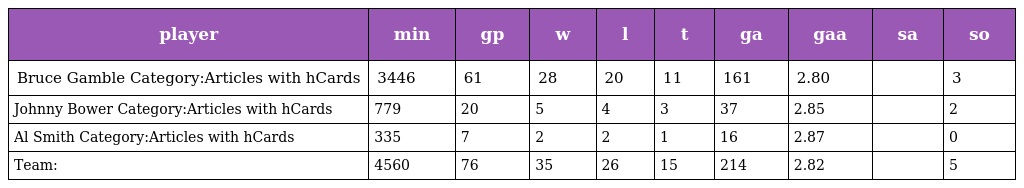
| player | min | gp | w | l | t | ga | gaa | sa | so |
 | --- | --- | --- | --- | --- | --- | --- | --- | --- | --- |
 | Bruce Gamble Category:Articles with hCards | 3446 | 61 | 28 | 20 | 11 | 161 | 2.80 |  | 3 |
 | Johnny Bower Category:Articles with hCards | 779 | 20 | 5 | 4 | 3 | 37 | 2.85 |  | 2 |
 | Al Smith Category:Articles with hCards | 335 | 7 | 2 | 2 | 1 | 16 | 2.87 |  | 0 |
 | Team: | 4560 | 76 | 35 | 26 | 15 | 214 | 2.82 |  | 5 |